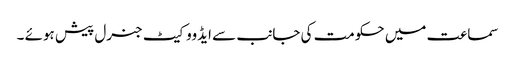
سماعت میں حکومت کی جانب سے ایڈووکیٹ جنرل پیش ہوئے ۔